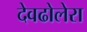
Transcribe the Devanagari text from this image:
देवढोलेरा